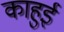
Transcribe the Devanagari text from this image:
काहुई